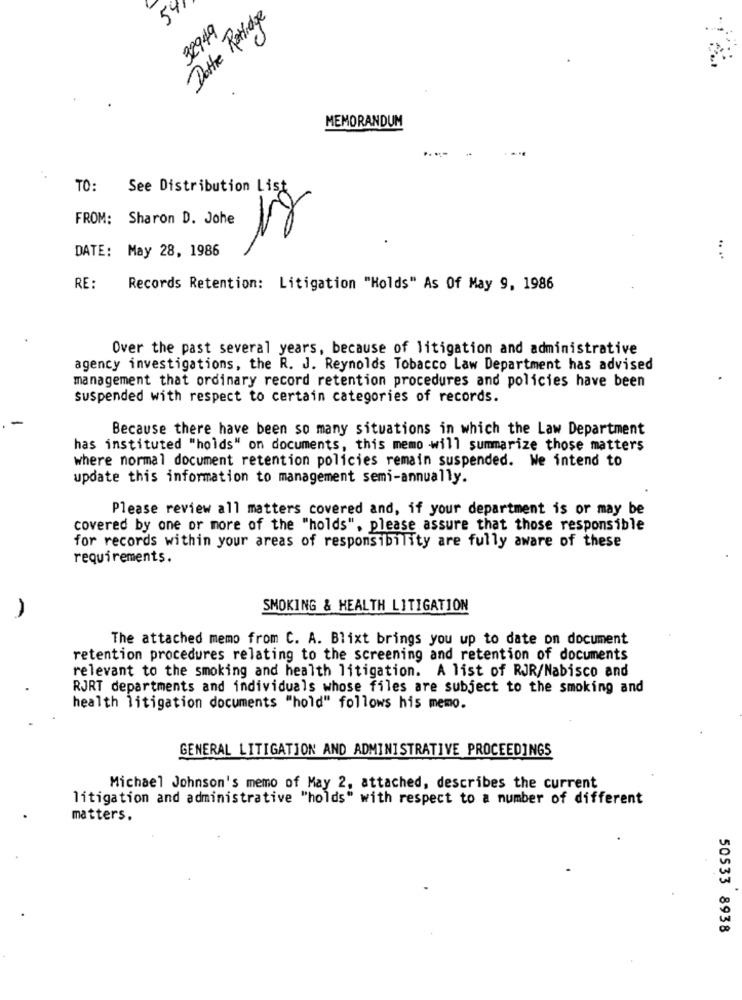
541
Dottre Patridge
32949
MEMORANDUM
TO: See Distribution List
FROM: Sharon D. Johe
DATE: May 28, 1986
.. ..
RE:
Records Retention: Litigation "Holds" As Of May 9, 1986
Over the past several years, because of litigation and administrative
agency investigations, the R. J. Reynolds Tobacco Law Department has advised
management that ordinary record retention procedures and policies have been
suspended with respect to certain categories of records.
Because there have been so many situations in which the Law Department
has instituted "holds" on documents, this memo will summarize those matters
where normal document retention policies remain suspended. We intend to
update this information to management semi-annually.
Please review all matters covered and, if your department is or may be
covered by one or more of the "holds", please assure that those responsible
for records within your areas of responsibility are fully aware of these
requirements.
SMOKING & HEALTH LITIGATION
The attached memo from C. A. Blixt brings you up to date on document
retention procedures relating to the screening and retention of documents
relevant to the smoking and health litigation. A list of RJR/Nabisco and
RJRT departments and individuals whose files are subject to the smoking and
health litigation documents "hold" follows his memo.
GENERAL LITIGATION AND ADMINISTRATIVE PROCEEDINGS
Michael Johnson's memo of May 2, attached, describes the current
litigation and administrative "holds" with respect to a number of different
matters.
50533 8938